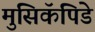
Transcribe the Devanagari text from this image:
मुसिकॅपिडे